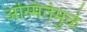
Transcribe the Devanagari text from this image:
अस्मितेमुळे